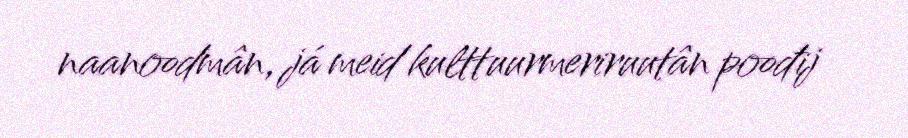
naanoodmân, já meid kulttuurmeriruutân poođij